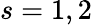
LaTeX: s=1,2